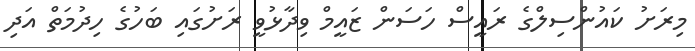
މިރަށު ކައުންސިލްގެ ރައީސް ހަސަން ޒައީމް ވިދާޅުވީ ރަށުގައި ބަހުގެ ހިދުމަތް އަދި